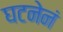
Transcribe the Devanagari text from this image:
घटनेनं